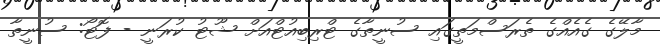
މާލޭގެ ގެއެއްގެ ތެރަސްމަތީގައި ސުނީތާގެ ޓްރިބިއުޓްއަށް ޝޫޓު ކުރަނީ - ފޮޓޯ: ސުނީތާ